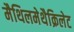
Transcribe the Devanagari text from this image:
मैथिलमेथैक्रिलेट